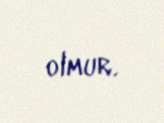
olmur.